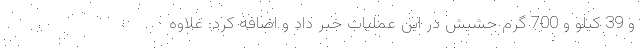
و 39 کیلو و 700 گرم حشیش در این عملیات خبر داد و اضافه کرد: علاوه